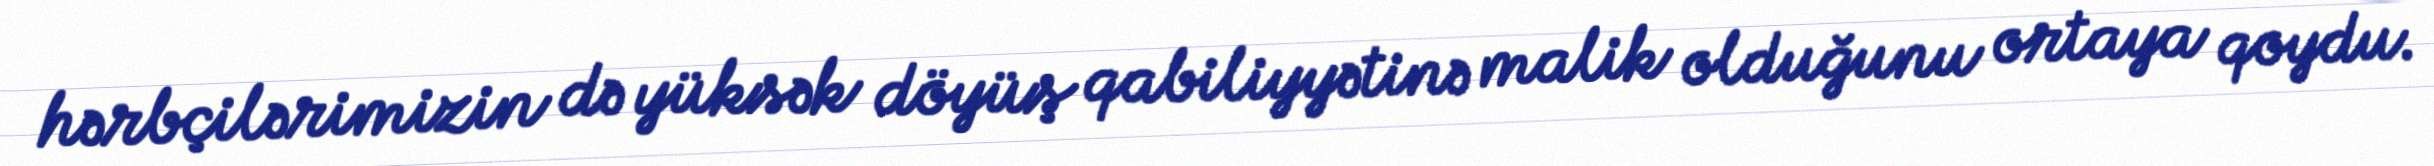
hərbçilərimizin də yüksək döyüş qabiliyyətinə malik olduğunu ortaya qoydu.